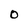
Character: O